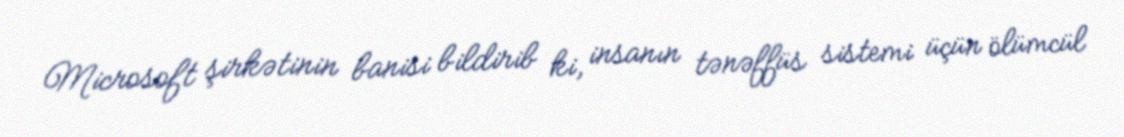
Microsoft şirkətinin banisi bildirib ki, insanın tənəffüs sistemi üçün ölümcül